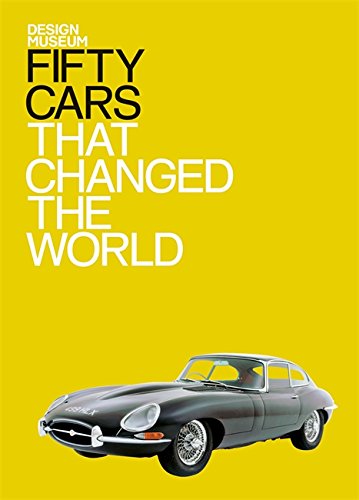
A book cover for Fifty Cars That Changed the World; Andrew Nahum; Engineering & Transportation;